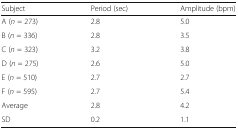
<table><thead><tr><td><b>Subject</b></td><td><b>Period (sec)</b></td><td><b>Amplitude (bpm)</b></td></tr></thead><tbody><tr><td>A (<i>n</i> = 273)</td><td>2.8</td><td>5.0</td></tr><tr><td>B (<i>n</i> = 336)</td><td>2.8</td><td>3.5</td></tr><tr><td>C (<i>n</i> = 323)</td><td>3.2</td><td>3.8</td></tr><tr><td>D (<i>n</i> = 275)</td><td>2.6</td><td>5.0</td></tr><tr><td>E (<i>n</i> = 510)</td><td>2.7</td><td>2.7</td></tr><tr><td>F (<i>n</i> = 595)</td><td>2.7</td><td>5.4</td></tr><tr><td>Average</td><td>2.8</td><td>4.2</td></tr><tr><td>SD</td><td>0.2</td><td>1.1</td></tr></tbody></table>